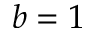
b = 1